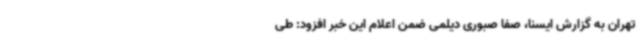
تهران به گزارش ایسنا، صفا صبوری دیلمی ضمن اعلام این خبر افزود: طی